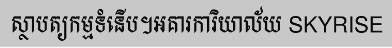
ស្ថាបត្យកម្មទំនើប។អគារការិយាល័យ SKYRISE